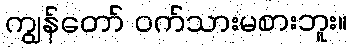
ကျွန်တော် ဝက်သားမစားဘူး။